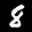
Label: 8